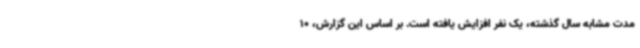
مدت مشابه سال گذشته، یک نفر افزایش یافته است. بر اساس این گزارش، 10